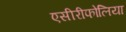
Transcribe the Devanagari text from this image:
एसीरीफोलिया